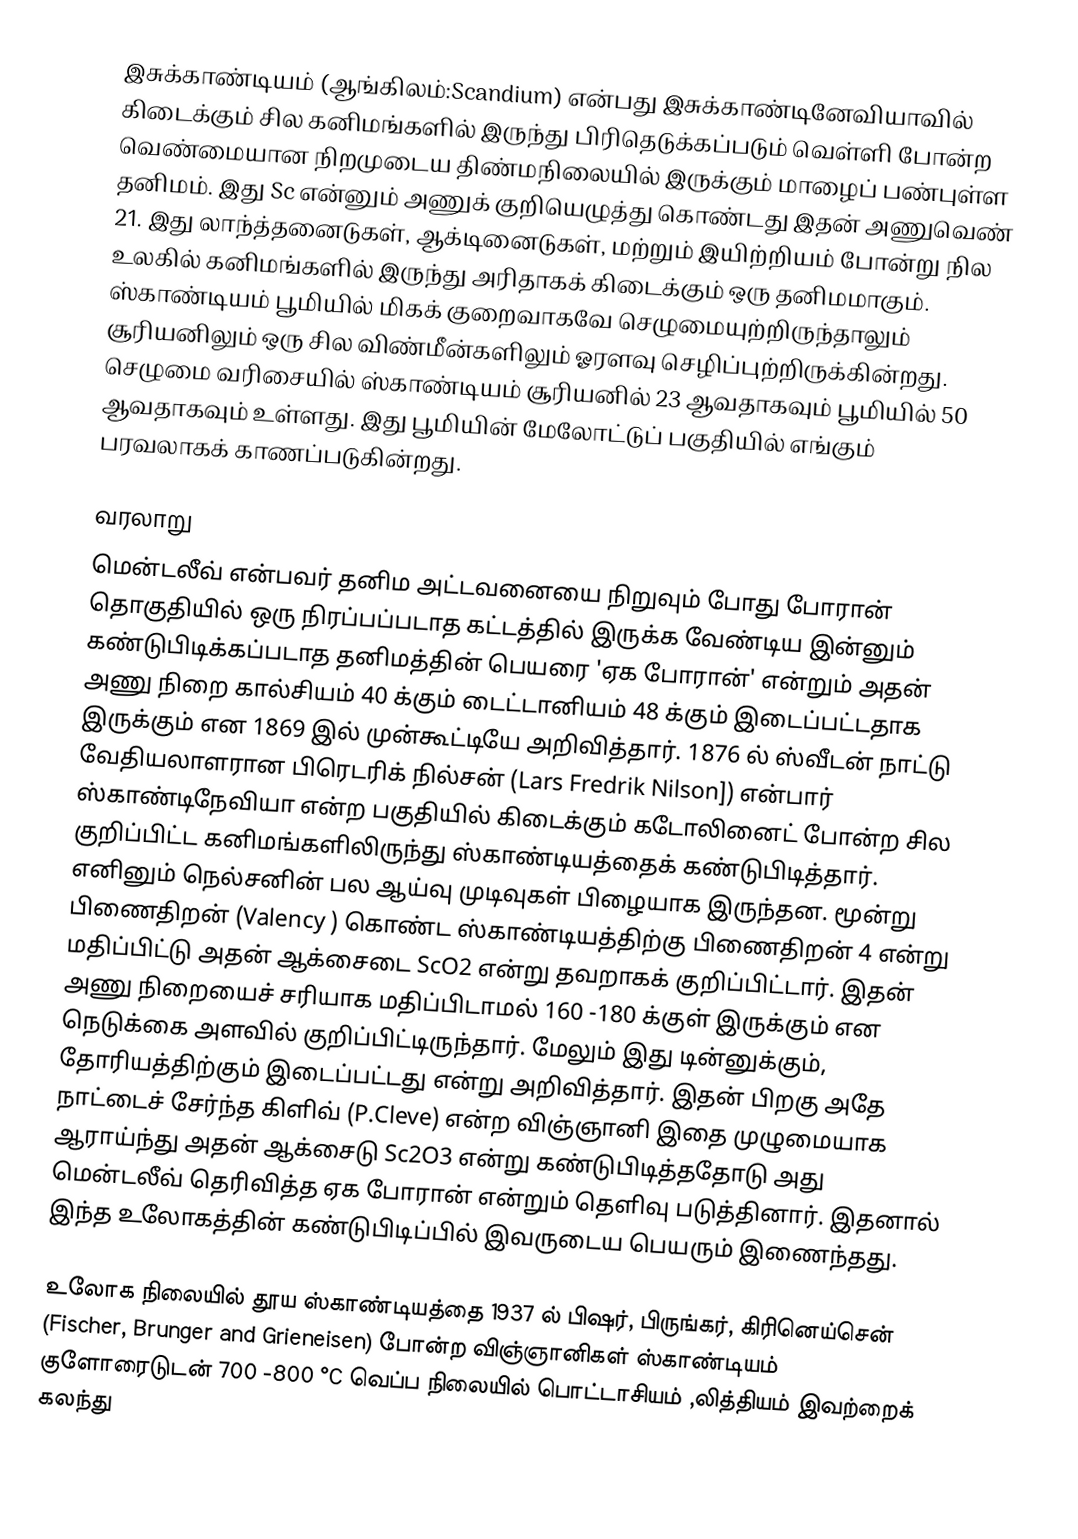
இசுக்காண்டியம் (ஆங்கிலம்:Scandium) என்பது இசுக்காண்டினேவியாவில் கிடைக்கும் சில கனிமங்களில் இருந்து பிரிதெடுக்கப்படும் வெள்ளி போன்ற வெண்மையான நிறமுடைய திண்மநிலையில் இருக்கும் மாழைப் பண்புள்ள தனிமம். இது Sc என்னும் அணுக் குறியெழுத்து கொண்டது இதன் அணுவெண் 21. இது லாந்த்தனைடுகள், ஆக்டினைடுகள், மற்றும் இயிற்றியம் போன்று நில உலகில் கனிமங்களில் இருந்து அரிதாகக் கிடைக்கும் ஒரு தனிமமாகும். ஸ்காண்டியம் பூமியில் மிகக் குறைவாகவே செழுமையுற்றிருந்தாலும் சூரியனிலும் ஒரு சில விண்மீன்களிலும் ஓரளவு செழிப்புற்றிருக்கின்றது. செழுமை வரிசையில் ஸ்காண்டியம் சூரியனில் 23 ஆவதாகவும் பூமியில் 50 ஆவதாகவும் உள்ளது.  இது பூமியின் மேலோட்டுப் பகுதியில் எங்கும் பரவலாகக் காணப்படுகின்றது.

வரலாறு
மென்டலீவ் என்பவர் தனிம அட்டவனையை நிறுவும் போது போரான் தொகுதியில் ஒரு நிரப்பப்படாத கட்டத்தில் இருக்க வேண்டிய இன்னும் கண்டுபிடிக்கப்படாத தனிமத்தின் பெயரை 'ஏக போரான்' என்றும் அதன் அணு நிறை கால்சியம் 40 க்கும் டைட்டானியம் 48 க்கும் இடைப்பட்டதாக இருக்கும் என 1869 இல் முன்கூட்டியே அறிவித்தார். 1876 ல் ஸ்வீடன் நாட்டு வேதியலாளரான பிரெடரிக் நில்சன் (Lars Fredrik Nilson]) என்பார் ஸ்காண்டிநேவியா என்ற பகுதியில் கிடைக்கும் கடோலினைட் போன்ற சில குறிப்பிட்ட கனிமங்களிலிருந்து ஸ்காண்டியத்தைக் கண்டுபிடித்தார்.  எனினும் நெல்சனின் பல ஆய்வு முடிவுகள் பிழையாக இருந்தன. மூன்று பிணைதிறன் (Valency ) கொண்ட ஸ்காண்டியத்திற்கு பிணைதிறன் 4 என்று மதிப்பிட்டு அதன் ஆக்சைடை ScO2 என்று தவறாகக் குறிப்பிட்டார். இதன் அணு நிறையைச் சரியாக மதிப்பிடாமல் 160 -180 க்குள் இருக்கும் என நெடுக்கை அளவில் குறிப்பிட்டிருந்தார். மேலும் இது டின்னுக்கும், தோரியத்திற்கும் இடைப்பட்டது என்று அறிவித்தார். இதன் பிறகு அதே நாட்டைச் சேர்ந்த கிளிவ் (P.Cleve) என்ற விஞ்ஞானி இதை முழுமையாக ஆராய்ந்து அதன் ஆக்சைடு Sc2O3 என்று கண்டுபிடித்ததோடு அது மென்டலீவ் தெரிவித்த ஏக போரான் என்றும் தெளிவு படுத்தினார். இதனால் இந்த உலோகத்தின் கண்டுபிடிப்பில் இவருடைய பெயரும் இணைந்தது.

உலோக நிலையில் தூய ஸ்காண்டியத்தை 1937 ல் பிஷர், பிருங்கர், கிரினெய்சென் (Fischer, Brunger and Grieneisen) போன்ற விஞ்ஞானிகள் ஸ்காண்டியம் குளோரைடுடன் 700 -800 °C வெப்ப நிலையில் பொட்டாசியம் ,லித்தியம் இவற்றைக் கலந்து